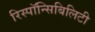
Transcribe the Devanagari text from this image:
रिस्पॉन्सिबिलिटी